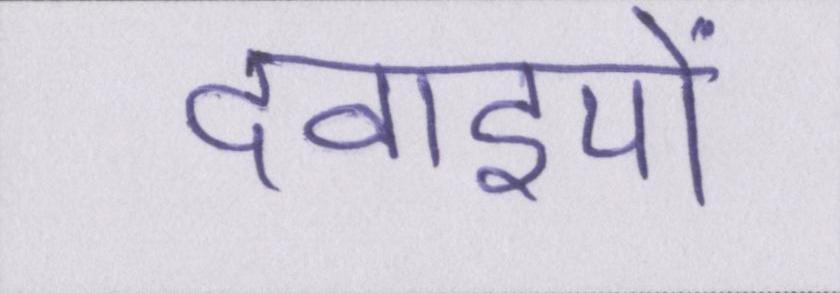
दवाइयों